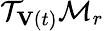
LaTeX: \mathcal{T}_{\mathbf{V}(t)}\mathcal{M}_{r}